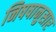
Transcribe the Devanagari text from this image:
निषषानुसार